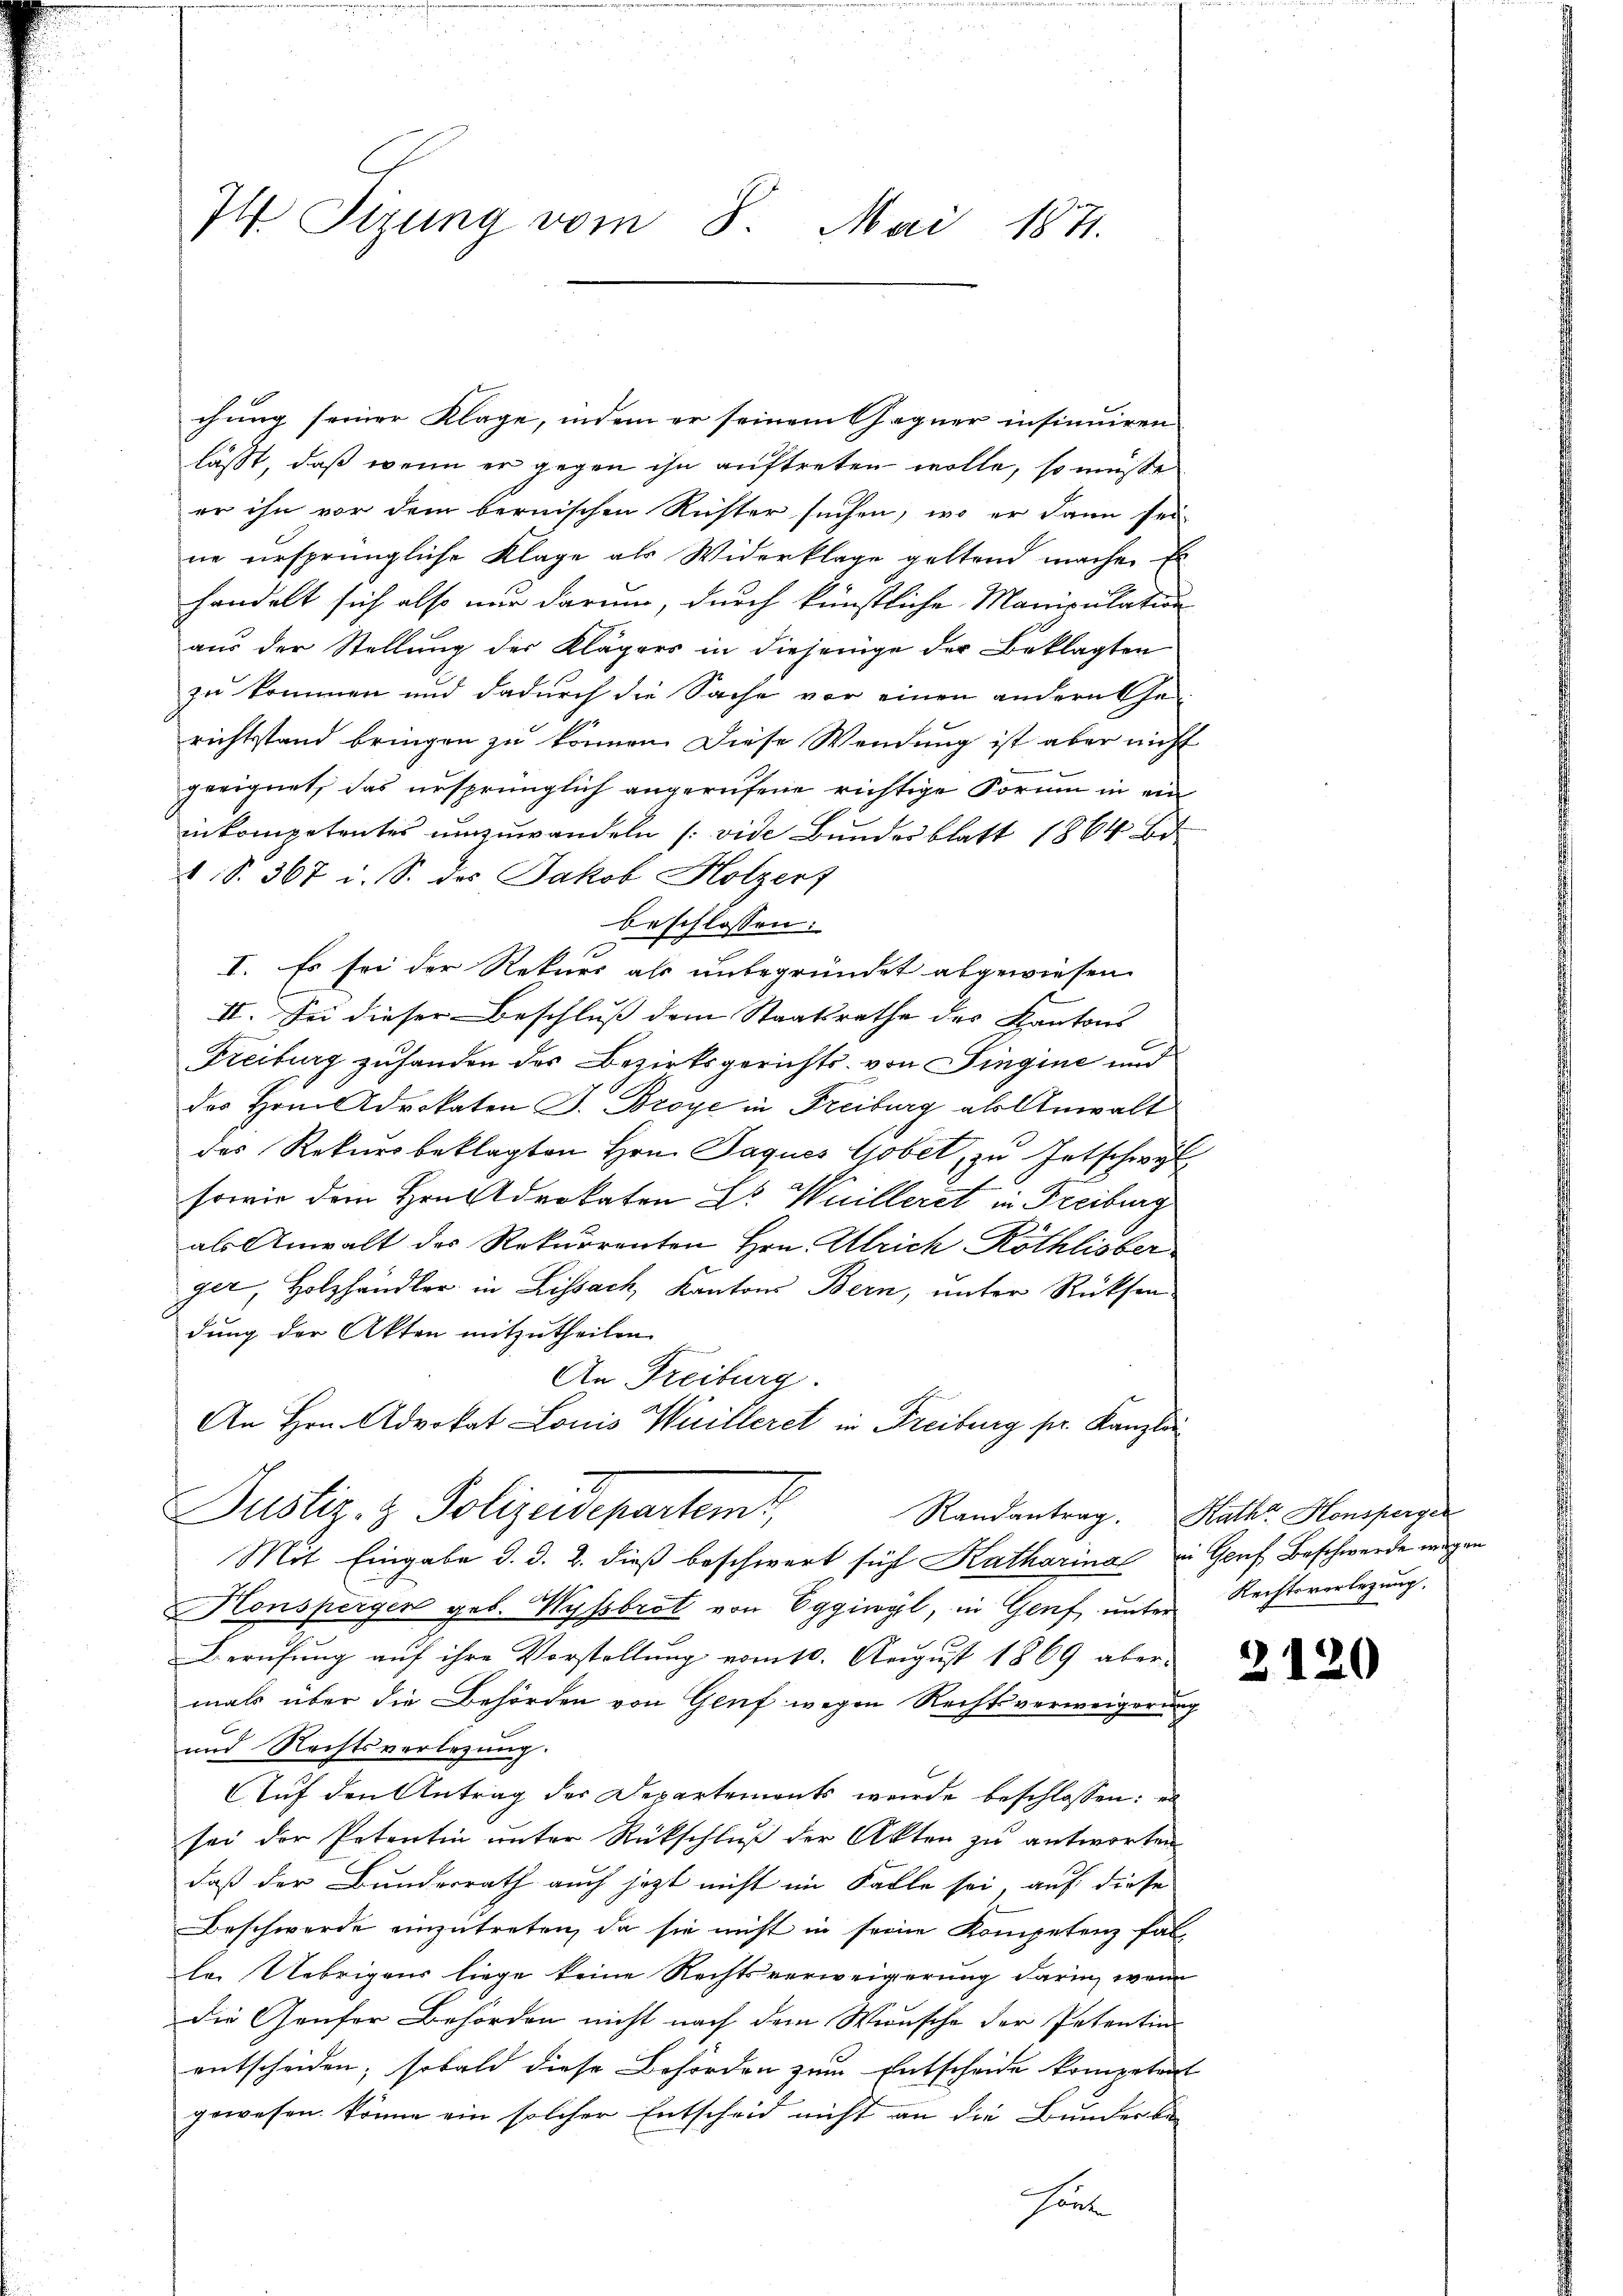
I4 Tizung vom 8. Mai 1871.

lässt, daß wenn er gegen ihn auftreten wolle, so müsse
er ihn vor dem bernischen Rüster suchen, wo er dann sei
ne ursprüngliche Klage als Widerklage geltend mache. Er
handelt sich also nur darum, durch künstliche Maniculation
aus der Stellung der Klägers in diejenige der Beklagten
zu kommen und dadurch die Sache vor einen andern Ehe-
richtsstand bringen zu können. Diese Wendung ist aber nicht
geeignet, das ursprünglich angerufene richtige Form in ein
inkompetentes umzuwandeln (vide Bundesblatt 1864 bi
2 S. 367 i. S. des Jakob Holzert
beschlossen:
I. Es sei der Rekurs als unbegründet abgewiesen.
II. Sei dieser Beschluß dem Staatsrathe des Kantons
Freiburg zufanden des Bezirksgerichts von Fingine und
des Hrnn Advokaten J. Broye in Freiburg als Anwalt
des Rekursbeklagten Hrn. Jaques Gobet, zu Entschwyl
sowie dem Hrn. Advokaten Dr. Weilleret in Freiburg
als Anwalt des Rekurrenten Hrn. Ulrich Röthlisber
ger, Holzhändler in Lissach, Kantons Bern, unter Rücksendung der Akten mitzutheilen.
An Freiburg.
An Hrn. Advokat Louis Weilleret in Freiburg pr. Kanzlei
Justiz- & Polizeidepartemb
Randantrag. Rath Honsperger
Mit Eingabe d. d. 2. dieß beschwert sich Katharina in Genf Beschwerde wegen
Honspergen geb. Wyssbrot von Eggiwyl, in Genf, unter Rechtsverlegung.
Berufung auf ihre Vorstellung vom 10. August 1869 aber-
mals über die Behörden von Genf wegen Rechtsverweigerung
und Rechtsverlegung.
Auf den Antrag der Departements wurde beschlossen: es
sei der Petentin unter Rückschluß der Akten zu antworten
daß der Bunderrath auch jetzt nicht im Falle sei, auf diese
Beschwerde einzutreten, da sie nicht in seine Kompetenz fal-
le. Uebrigens liege keine Rechtsverweigerung darin, wenn
die Genfer Behörden nicht nach dem Wunsche der Petentin
entscheiden; sobald diese Behörden zum Entscheide kompetent
gewesen könne ein solcher Entscheid nicht an die Bunderbe
Heute

chung seiner Klage, indem er seinem Gegner insinuiren

2120